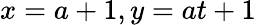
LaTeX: x=a+1,y=at+1